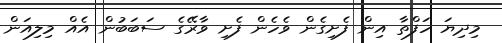
މިދިޔަ ހަފްތާ އިން ފެށިގެން ވެހެން ފެށި ވާރޭގެ ސަބަބުން އެއް މިލިއަން